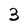
Character: 3